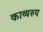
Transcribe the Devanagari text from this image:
काव्यरुप